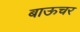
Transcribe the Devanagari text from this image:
बाऊचर